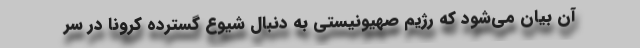
آن بیان می‌شود که رژیم صهیونیستی به دنبال شیوع گسترده کرونا در سر